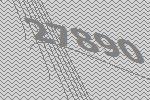
27890